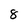
Character: 8